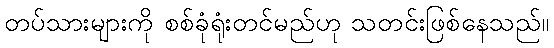
တပ်သားများကို စစ်ခုံရုံးတင်မည်ဟု သတင်းဖြစ်နေသည်။